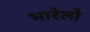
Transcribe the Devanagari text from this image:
भारेलो